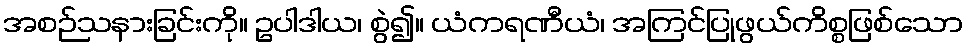
အစဉ်သနားခြင်းကို။ ဥပါဒါယ၊ စွဲ၍။ ယံကရဏီယံ၊ အကြင်ပြုဖွယ်ကိစ္စဖြစ်သော